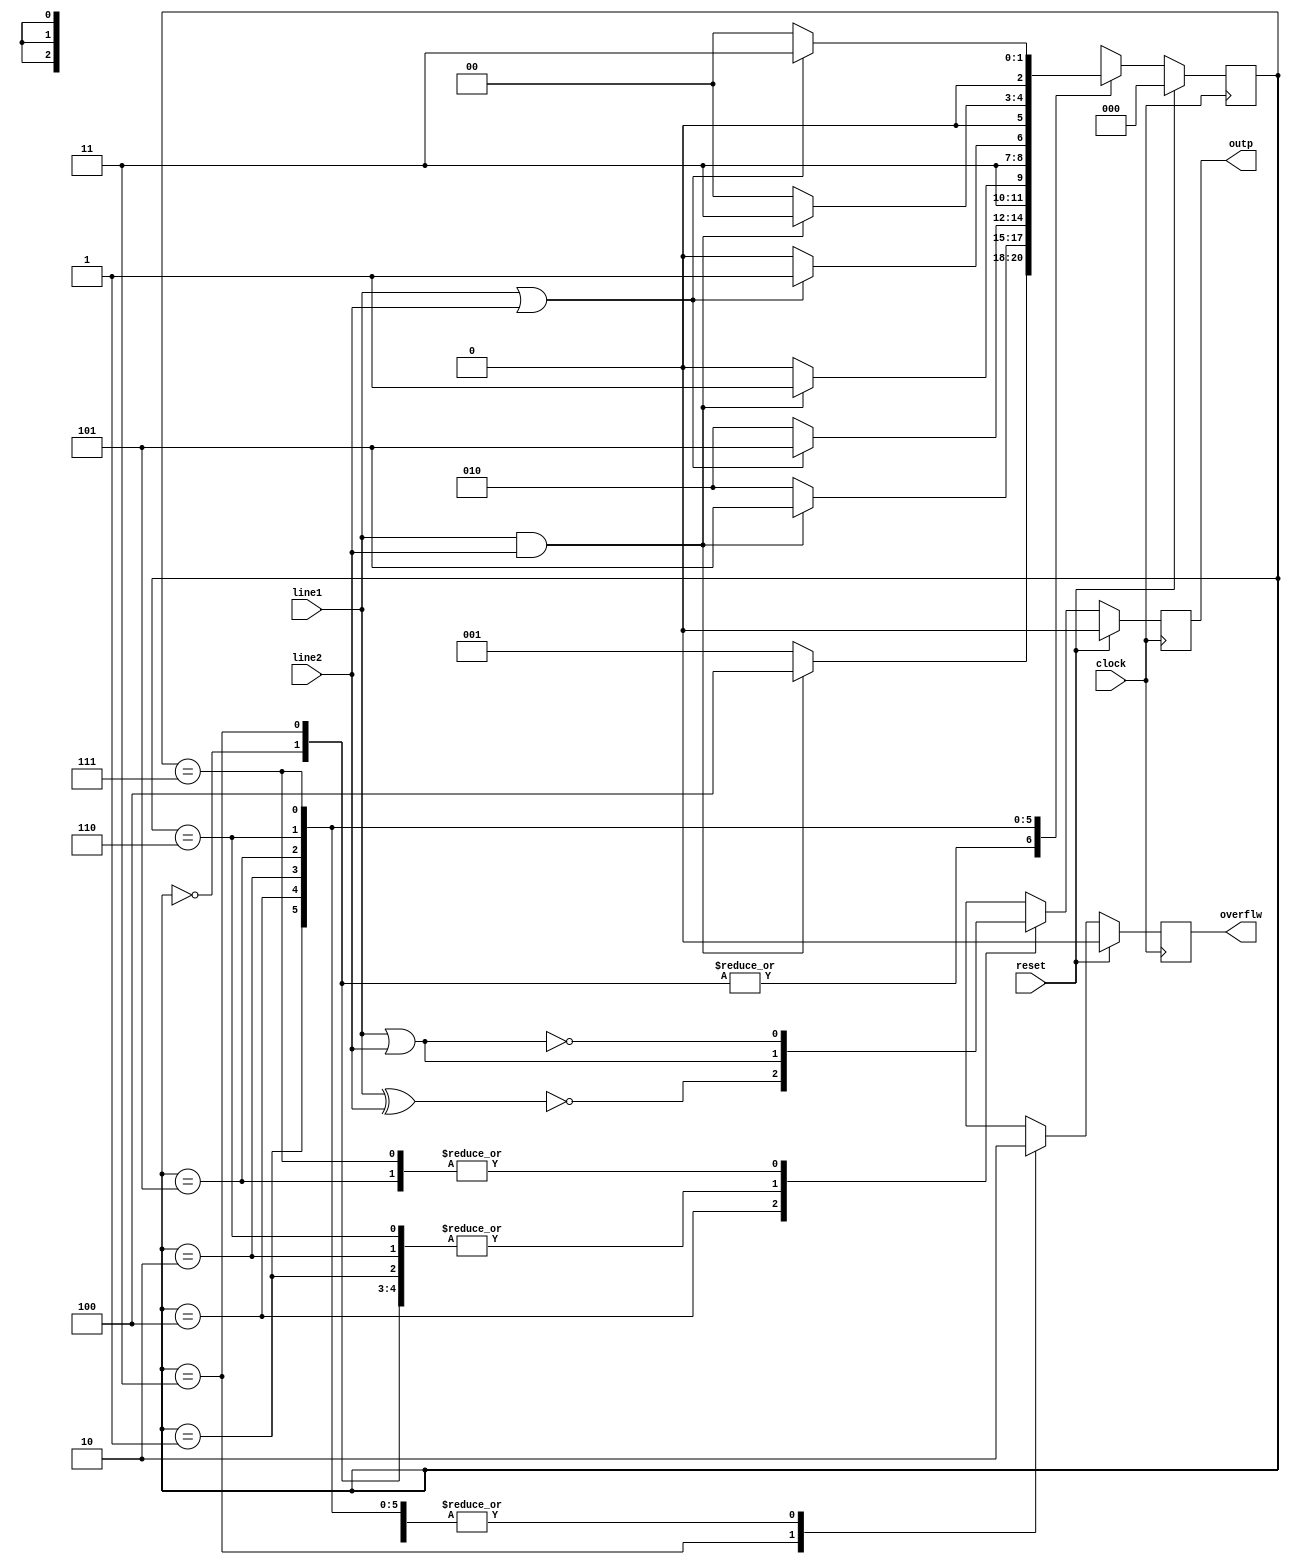
module b01 (
	input clock, 
	input  line1, 
	input line2,
	input reset,

	output outp,
	output overflw
);

reg [2:0] stato;
reg  outp;
reg overflw;

parameter   a = 3'b0;
parameter   b = 3'b001;
parameter   c = 3'b010;
parameter   e = 3'b011;
parameter   f = 3'b100;
parameter   g = 3'b101;
parameter wf0 = 3'b110;
parameter wf1 = 3'b111;

always@(posedge clock)
    if(reset==1'b1) 
		begin
			stato <= a;
			outp <= 1'b0;
			overflw<=1'b0;
		end
    else 
		case(stato)
		a:
			begin
				if(line1 == 1'b1 && line2==1'b1) begin
					stato <= f;
				end
				else begin
					stato <= b ;
					end
				outp <= line1 | line2;
				overflw <= 1'b0;
			end
		e:
			begin
				if(line1 == 1'b1 && line2==1'b1 ) begin
					stato <= f;
				end
				else begin
					stato <= b ;
				end
				outp <= line1 | line2;
				overflw <= 1'b1;
			end
        b:   
			begin
                if(line1 == 1'b1 && line2 == 1'b1) begin
					stato <= g ;
				end
                else begin 
                    stato <= c;
				end
				outp <= line1 | line2;
				overflw <= 1'b0 ;
			end
        f:
			begin
                if( line1 == 1'b1 || line2 == 1'b1) begin
                    stato <= g;
				end
                else begin
                    stato <= c;
				end
				outp <= ~(line1 ^ line2);
				overflw <= 1'b0 ;
			end
        c:  
			begin
                if(line1 == 1'b1 && line2 == 1'b1 ) begin
                    stato <= wf1;
				end
                else begin
                    stato <= wf0;
				end
				outp <= line1 | line2;
				overflw <= 1'b0 ;
			end
        g: 
			begin
                if( line1 == 1'b1 || line2 ==1'b1) begin
					stato <= wf1;
				end
                else begin
					stato <= wf0;
            	end
				outp <= ~(line1 | line2);
				overflw <= 1'b0 ;
			end
        wf0:
			begin
                if( line1==1'b1 && line2==1'b1 ) begin
                    stato <= e;
				end
                else begin
                    stato <= a;
				end
				outp <= line1 | line2;
				overflw <= 1'b0 ;
			end
        wf1:
			begin
                if( line1==1'b1 || line2==1'b1 ) begin
                    stato <= e;
				end
                else begin
                    stato <= a;
				end
				outp <= ~(line1 | line2);
				overflw <= 1'b0 ;
			end
        endcase

endmodule